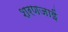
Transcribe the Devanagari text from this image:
शरणजाईं